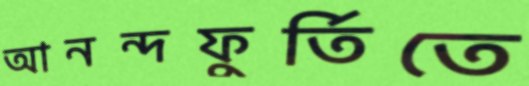
আনন্দফুর্তিতে